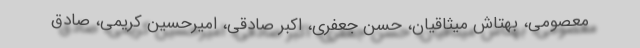
معصومی، بهتاش میثاقیان، حسن جعفری، اکبر صادقی، امیرحسین کریمی، صادق